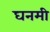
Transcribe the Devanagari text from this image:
घनमी